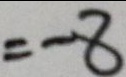
= - 8